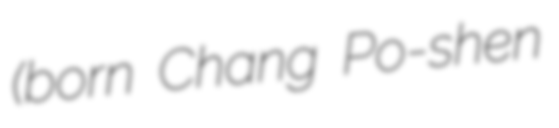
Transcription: (born Chang Po-shen